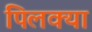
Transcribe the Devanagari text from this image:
पिलक्या